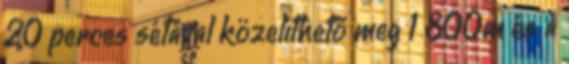
20 perces sétával közelíthető meg 1 800m és a